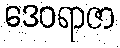
ဒေဝရာဇာ